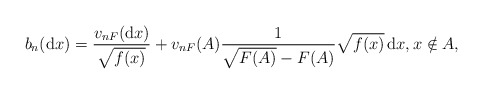
\begin{align*} b_n(\mathrm{d}x) = \frac{v_{nF}(\mathrm{d}x)}{\sqrt{f(x)}} +v_{nF}(A)\frac{1}{\sqrt{F(A)} - F(A)} \sqrt{f(x)} \,\mathrm{d}x ,x\notin A,\end{align*}